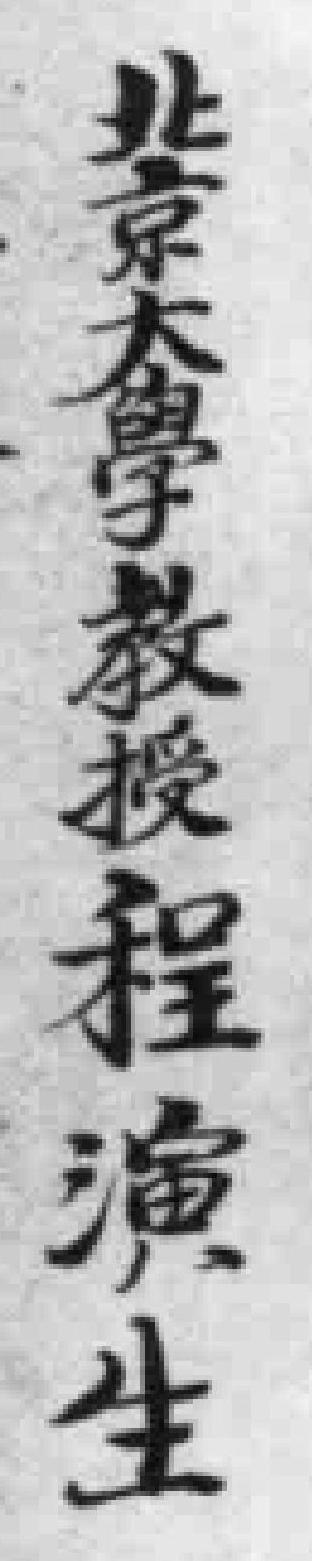
北京大學教授程演生